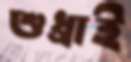
শুধ্‌রাই